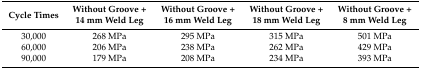
| Cycle Times | Without Groove + 14 mm Weld Leg | Without Groove + 16 mm Weld Leg | Without Groove + 18 mm Weld Leg | Without Groove + 8 mm Weld Leg |
 | --- | --- | --- | --- | --- |
 | 30,000 | 268 MPa | 295 MPa | 315 MPa | 501 MPa |
 | 60,000 | 206 MPa | 238 MPa | 262 MPa | 429 MPa |
 | 90,000 | 179 MPa | 208 MPa | 234 MPa | 393 MPa |